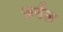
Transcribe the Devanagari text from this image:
ज्रर्नल